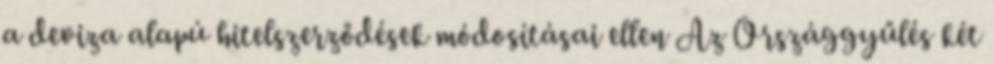
a deviza alapú hitelszerződések módosításai ellen Az Országgyűlés két